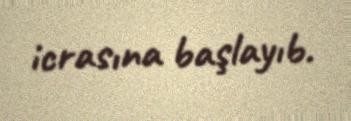
icrasına başlayıb.